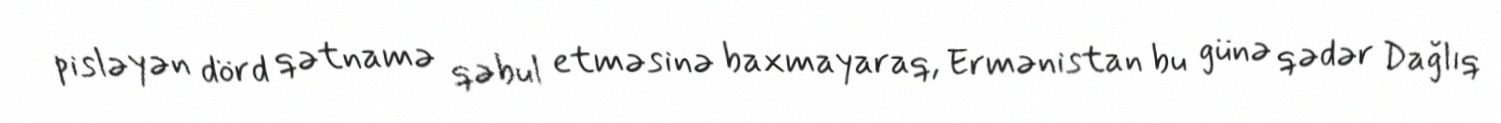
pisləyən dörd qətnamə qəbul etməsinə baxmayaraq, Ermənistan bu günə qədər Dağlıq